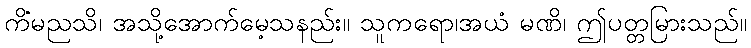
ကိံမညသိ၊ အသို့အောက်မေ့သနည်း။ သူကရော၊အယံ မဏိ၊ ဤပတ္တမြားသည်။